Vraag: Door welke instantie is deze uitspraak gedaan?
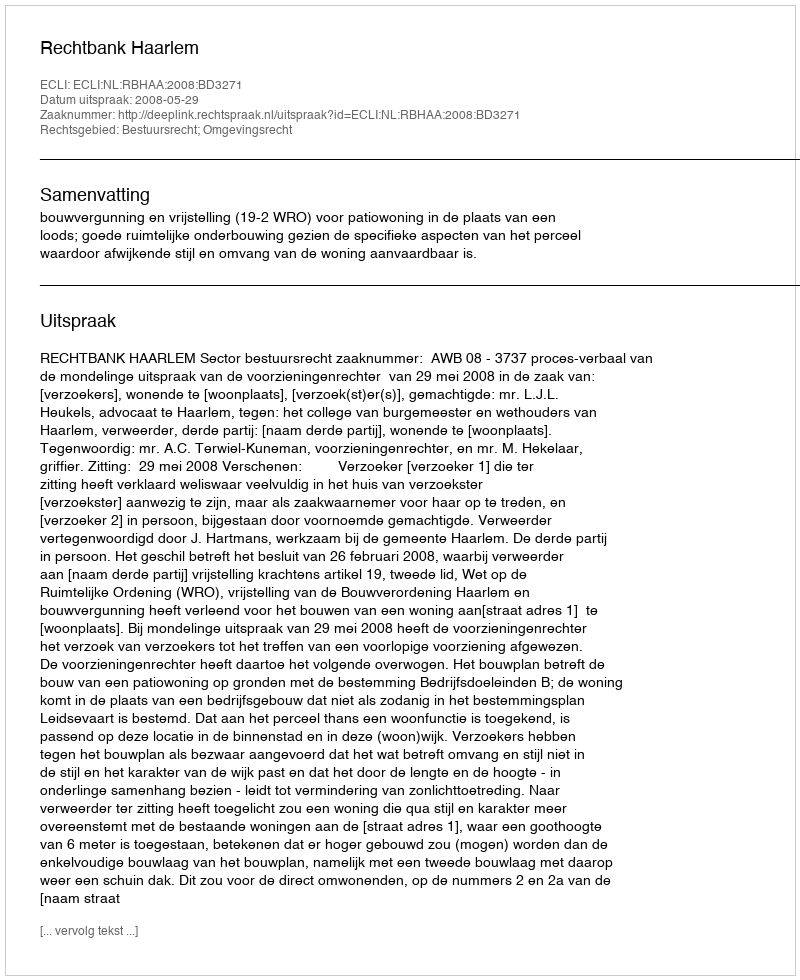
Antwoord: Rechtbank Haarlem